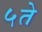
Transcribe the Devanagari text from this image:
५ते